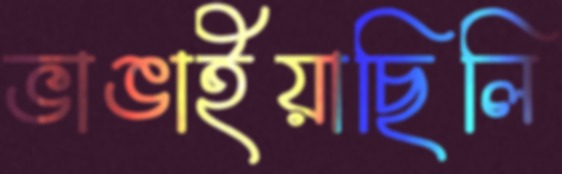
ভাঙাইয়াছিলি